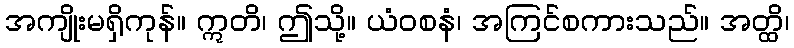
အကျိုးမရှိကုန်။ ဣတိ၊ ဤသို့။ ယံဝစနံ၊ အကြင်စကားသည်။ အတ္ထိ၊